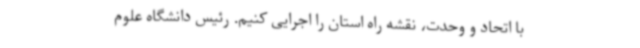
با اتحاد و وحدت، نقشه راه استان را اجرایی کنیم. رئیس دانشگاه علوم